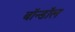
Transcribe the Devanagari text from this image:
बॉन्डॉल